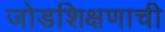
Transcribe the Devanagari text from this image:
जोडशिक्षणाची